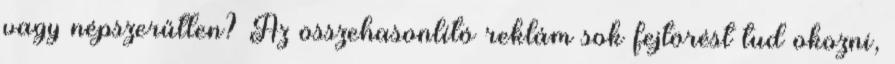
vagy népszerűtlen? Az összehasonlító reklám sok fejtörést tud okozni,